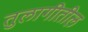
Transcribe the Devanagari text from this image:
तुलागीतील